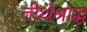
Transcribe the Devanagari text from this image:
तीर्थश्राद्ध